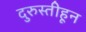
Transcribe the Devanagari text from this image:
दुरुस्तीहून